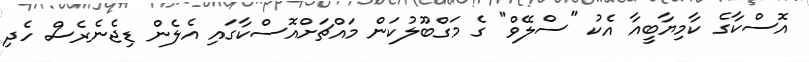
އޮސްކާގެ ކާމިޔާބީއާ އެކު "ސްލޭވް" ގެ މަގްބޫލުކަން މައްޗަށްއޮސްކާގައި އެލެން ޑިޖެނެރެސް ހެދި